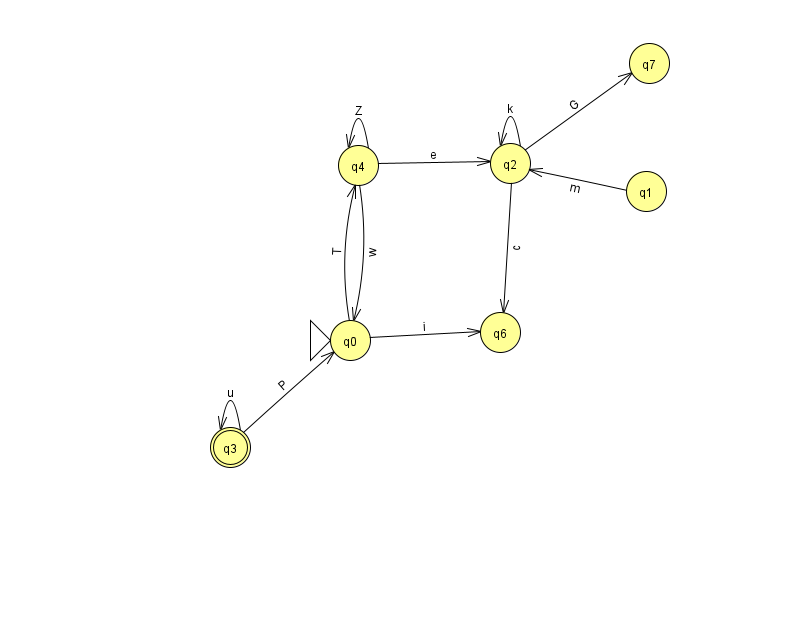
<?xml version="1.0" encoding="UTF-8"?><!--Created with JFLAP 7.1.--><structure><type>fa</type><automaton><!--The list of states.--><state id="0" name="q0"><x>350.0</x><y>327.0</y><initial/></state><state id="1" name="q1"><x>646.0</x><y>178.0</y></state><state id="2" name="q2"><x>510.0</x><y>150.0</y></state><state id="3" name="q3"><x>230.0</x><y>434.0</y><final/></state><state id="4" name="q4"><x>358.0</x><y>152.0</y></state><state id="6" name="q6"><x>500.0</x><y>319.0</y></state><state id="7" name="q7"><x>649.0</x><y>50.0</y></state><!--The list of transitions.--><transition><from>0</from><to>6</to><read>i</read></transition><transition><from>4</from><to>2</to><read>e</read></transition><transition><from>2</from><to>7</to><read>G</read></transition><transition><from>1</from><to>2</to><read>m</read></transition><transition><from>4</from><to>0</to><read>w</read></transition><transition><from>3</from><to>3</to><read>u</read></transition><transition><from>0</from><to>4</to><read>T</read></transition><transition><from>4</from><to>4</to><read>Z</read></transition><transition><from>2</from><to>2</to><read>k</read></transition><transition><from>3</from><to>0</to><read>P</read></transition><transition><from>2</from><to>6</to><read>c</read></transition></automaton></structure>